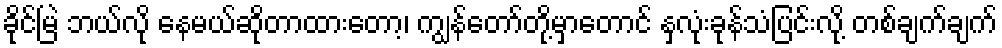
ခိုင်မြဲ ဘယ်လို နေမယ်ဆိုတာထားတော့၊ ကျွန်တော်တို့မှာတောင် နှလုံးခုန်သံပြင်းလို့ တစ်ချက်ချက်